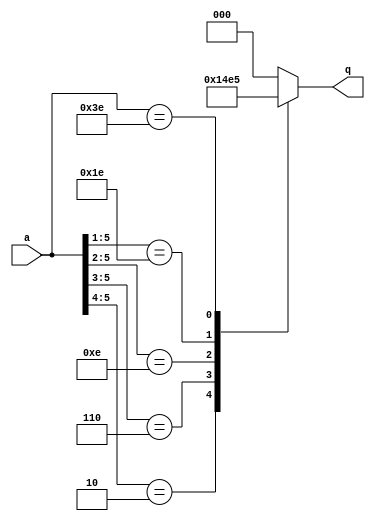
module LZCE(
input       wire       [5:0]        a,
output      reg        [2:0]        q
);


always@(*)
begin
	casex(a)
		6'b0xxxxx:begin
			q = 3'b000;
		end
		
		6'b10xxxx:begin
			q = 3'b001;
		end
		
		6'b110xxx:begin
			q = 3'b010;
		end
		
		6'b1110xx:begin
			q = 3'b011 ;
		end
		
		6'b11110x:begin
			q = 3'b100;
		end
		
		6'b111110:begin
			q = 3'b101;
		end
		
		default:begin
			q = 3'b000;	
		end	
		
	endcase

end



endmodule